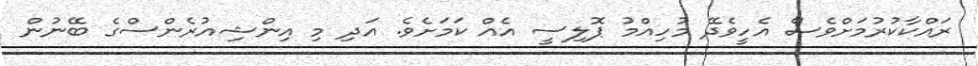
ރައްކާކުރުމަށްވެސް އެހީވެދޭ މުހިއްމު ޕޮލިސީ އެއް ކަމަށެވެ. އަދި މި އިންޝިއުރެންސްގެ ބޭނުން